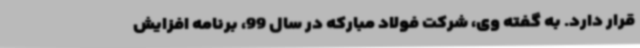
قرار دارد. به گفته وی، شرکت فولاد مبارکه در سال 99، برنامه افزایش